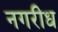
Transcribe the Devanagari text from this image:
नगरीध